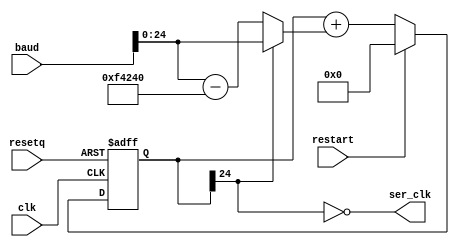
module baudgen(
  input wire clk,
  input wire resetq,
  input wire [31:0] baud,
  input wire restart,
  output wire ser_clk);
  parameter CLKFREQ = 1000000;
  /* needs to be (CLKFREQ).bit_length() + 1 */
  parameter RWIDTH = 25;

  wire [RWIDTH-1:0] aclkfreq = CLKFREQ;
  reg [RWIDTH-1:0] d;
  wire [RWIDTH-1:0] dInc = d[RWIDTH-1] ? ({4'd0, baud}) : (({4'd0, baud}) - aclkfreq);
  wire [RWIDTH-1:0] dN = restart ? 0 : (d + dInc);
  wire fastclk = ~d[RWIDTH-1];
  assign ser_clk = fastclk;

  always @(negedge resetq or posedge clk)
  begin
    if (!resetq) begin
      d <= 0;
    end else begin
      d <= dN;
    end
  end
endmodule